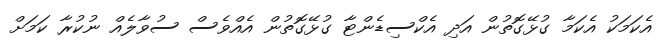
އެކަމަކު އެކަމާ ގުޅޭގޮތުން އަދި އެކްސިޑެންޓާ ގުޅޭގޮތުން އެއްވެސް ސުވާލެއް ނުކުރާ ކަމަށް